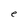
Character: e